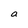
Character: a